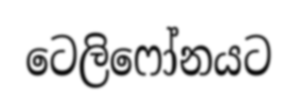
ටෙලිෆෝනයට